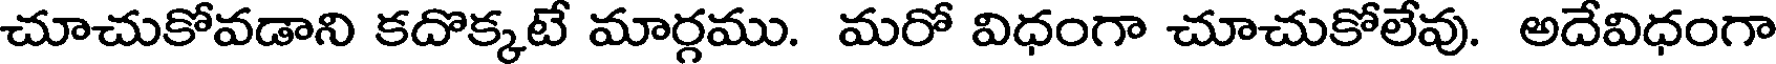
చూచుకోవడాని కదొక్కటే మార్గము. మరో విధంగా చూచుకోలేవు. అదేవిధంగా